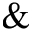
\&